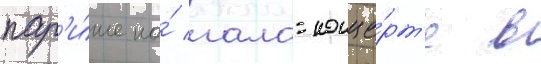
пар'и́же на́ гала-конце́рт'е в